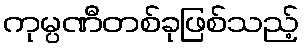
ကုမ္ပဏီတစ်ခုဖြစ်သည့်